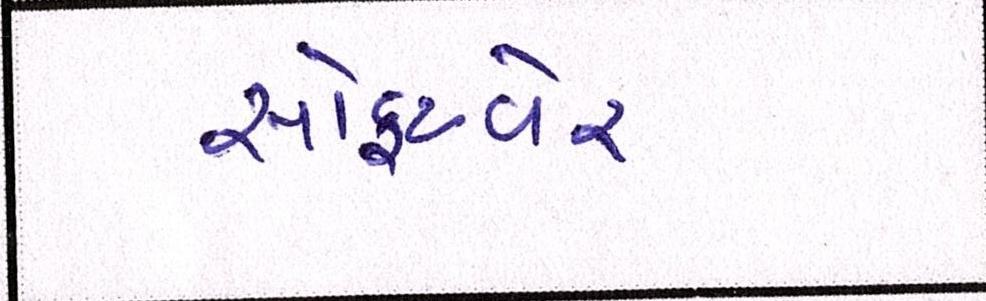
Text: સોફટવેર